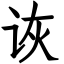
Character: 诙